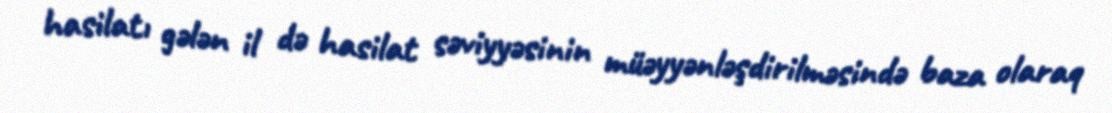
hasilatı gələn il də hasilat səviyyəsinin müəyyənləşdirilməsində baza olaraq